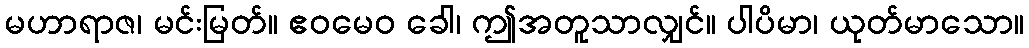
မဟာရာဇ၊ မင်းမြတ်။ ဧဝမေဝ ခေါ၊ ဤအတူသာလျှင်။ ပါပိမာ၊ ယုတ်မာသော။